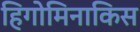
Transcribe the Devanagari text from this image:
हिगोमिनाकिस